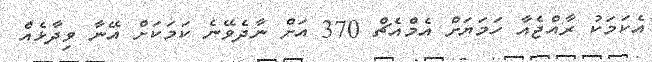
އެކަމަކު ރާއްޖެއާ ހަމަޔަށް އެމްއެޗް 370 އަށް ނާދެވޭނެ ކަމަކަށް އޭނާ ވިދާޅެއް